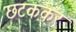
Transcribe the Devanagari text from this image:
छटककर